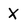
Character: X